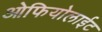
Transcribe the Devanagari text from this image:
ओफियोलाईट